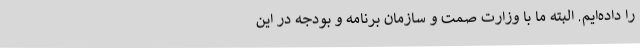
را داده‌ایم. البته ما با وزارت صمت و سازمان برنامه و بودجه در این